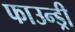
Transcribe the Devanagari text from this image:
फाउन्ड्री